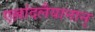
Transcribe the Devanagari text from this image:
एल्लांदलैयानान्